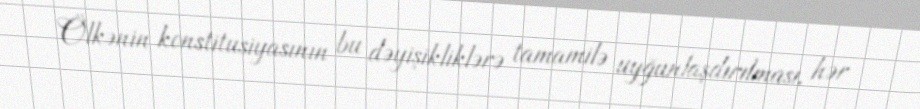
Ölkənin konstitusiyasının bu dəyişikliklərə tamamilə uyğunlaşdırılması, hər